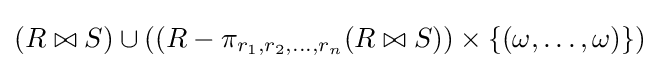
(R\bowtie S)\cup ((R-\pi _{r_{1},r_{2},\dots ,r_{n}}(R\bowtie S))\times \{(\omega ,\dots ,\omega )\})